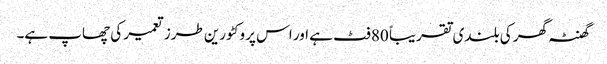
گھنٹہ گھر کی بلندی تقریباً 80 فٹ ہے اور اس پر وکٹورین طرز تعمیر کی چھاپ ہے۔